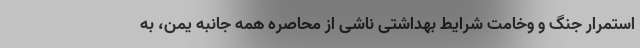
استمرار جنگ و وخامت شرایط بهداشتی ناشی از محاصره همه جانبه یمن، به